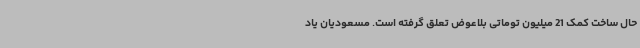
حال ساخت کمک 21 میلیون توماتی بلاعوض تعلق گرفته است. مسعودیان یاد